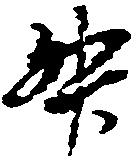
升